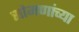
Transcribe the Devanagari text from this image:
सोमणांच्या